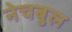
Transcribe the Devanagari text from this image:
नेचबुल